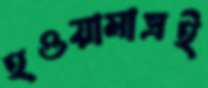
হওয়ামাত্রই